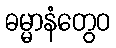
ဓမ္မာနံတွေဝ